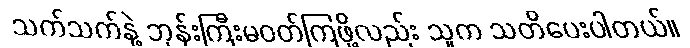
သက်သက်နဲ့ ဘုန်းကြီးမဝတ်ကြဖို့လည်း သူက သတိပေးပါတယ်။